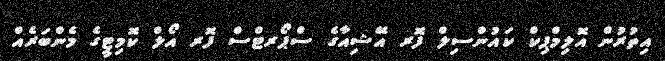
އިތުރުން އޮލިމްޕިކް ކައުންސިލް ފޮރ އޭޝިއާގެ ސްޕޯރޓްސް ފޮރ އޯލް ކޮމިޓީގެ މެންބަރެއް